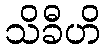
သိခီဟိ